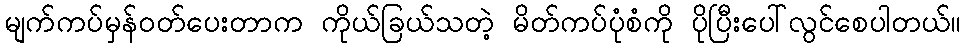
မျက်ကပ်မှန်ဝတ်ပေးတာက ကိုယ်ခြယ်သတဲ့ မိတ်ကပ်ပုံစံကို ပိုပြီးပေါ်လွင်စေပါတယ်။